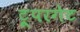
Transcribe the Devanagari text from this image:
ट्रूपरगेट